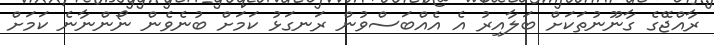
ރާއްޖޭގެ ގާނޫނުތަކަށް ބަލާއިރު އެ އެއްބަސްވުން ރަނގަޅު ކަމަށް ބުނެވެން ނޯންނާނެ ކަމަށް